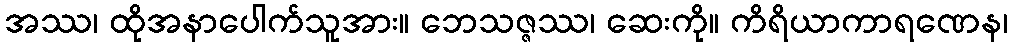
အဿ၊ ထိုအနာပေါက်သူအား။ ဘေသဇ္ဇဿ၊ ဆေးကို။ ကိရိယာကာရဏေန၊